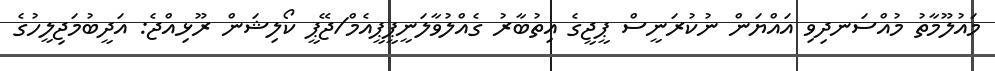
މައުލޫމާތު މުއްސަނދިވި އައްޔަން ނުކުރަނީސް ޕީޖީގެ އިތުބާރު ގެއްލުވާލަނީޕީޕީއެމް/ޖޭޕީ ކޯލިޝަން ރޫޅިއްޖެ: އަދީބުމަޖިލީހުގެ